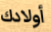
أولادك